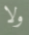
ولا